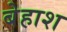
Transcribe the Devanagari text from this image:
बेहाश